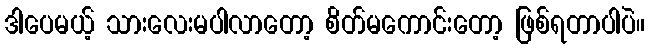
ဒါပေမယ့် သားလေးမပါလာတော့ စိတ်မကောင်းတော့ ဖြစ်ရတာပါပဲ။